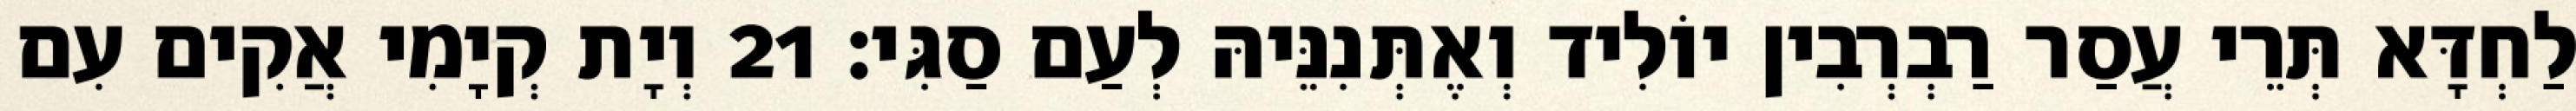
לַחְדָּא תְּרֵי עֲסַר רַבְרְבִין יוֹלִיד וְאֶתְּנִנֵּיהּ לְעַם סַגִּי׃ 21 וְיָת קְיָמִי אֲקִים עִם